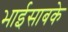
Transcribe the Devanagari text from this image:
भाईसाबके